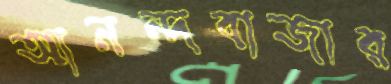
আনন্দবাজার